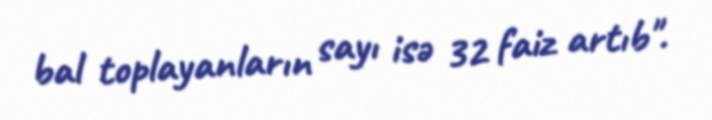
bal toplayanların sayı isə 32 faiz artıb".